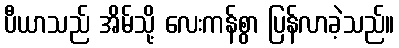
ပီယာသည် အိမ်သို့ လေးကန်စွာ ပြန်လာခဲ့သည်။